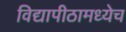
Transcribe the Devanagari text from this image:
विद्यापीठामध्येच